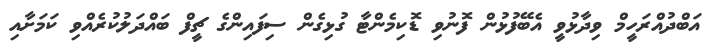
އަބްދުއްރަހީމް ވިދާޅުވީ އެބޭފުޅުން ފޮނުވި ޑޮކިމެންޓާ ގުޅިގެން ސިފައިންގެ ޗީފް ބައްދަލުކުރެއްވި ކަމަށާއި